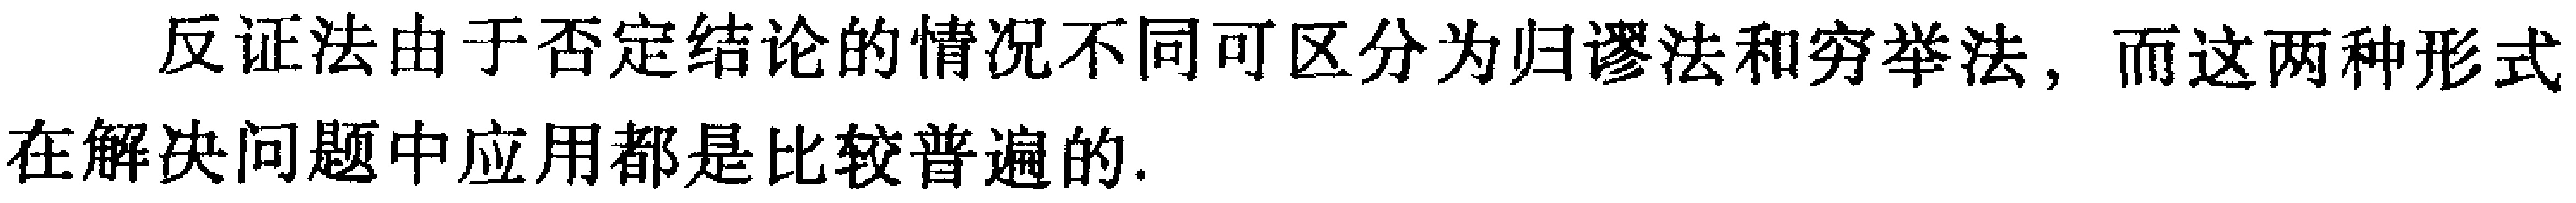
反证法由于否定结论的情况不同可区分为归谬法和穷举法，而这两种形式在解决问题中应用都是比较普遍的.